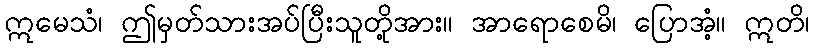
ဣမေသံ၊ ဤမှတ်သားအပ်ပြီးသူတို့အား။ အာရောစေမိ၊ ပြောအံ့။ ဣတိ၊